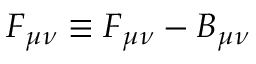
{ \cal { F } } _ { \mu \nu } \equiv F _ { \mu \nu } - B _ { \mu \nu }